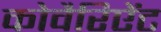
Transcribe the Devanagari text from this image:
कोवैरिऐंट